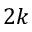
2 k